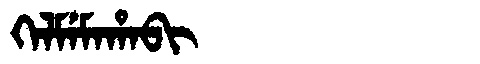
Manchu: ᡴᡝᠯᠮᡝᠮᠠᡥᠠᠪᡳ
Romanization: KELMEMAHABI